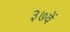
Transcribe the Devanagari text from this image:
३७वें